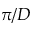
\pi / D